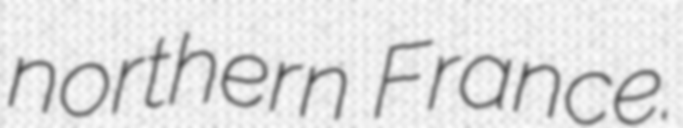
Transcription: northern France.